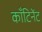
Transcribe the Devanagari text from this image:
काँटिनेंट